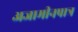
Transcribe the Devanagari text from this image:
अजामीनपात्र